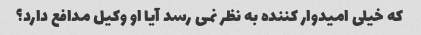
که خیلی امیدوار کننده به نظر نمی رسد آیا او وکیل مدافع دارد؟